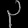
Digit: ၃